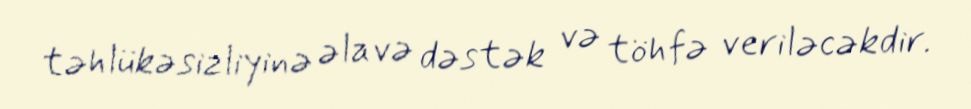
təhlükəsizliyinə əlavə dəstək və töhfə veriləcəkdir.